Madras plague regulations in force outside the Presidency town - Volume 3
Disease focus: Plague
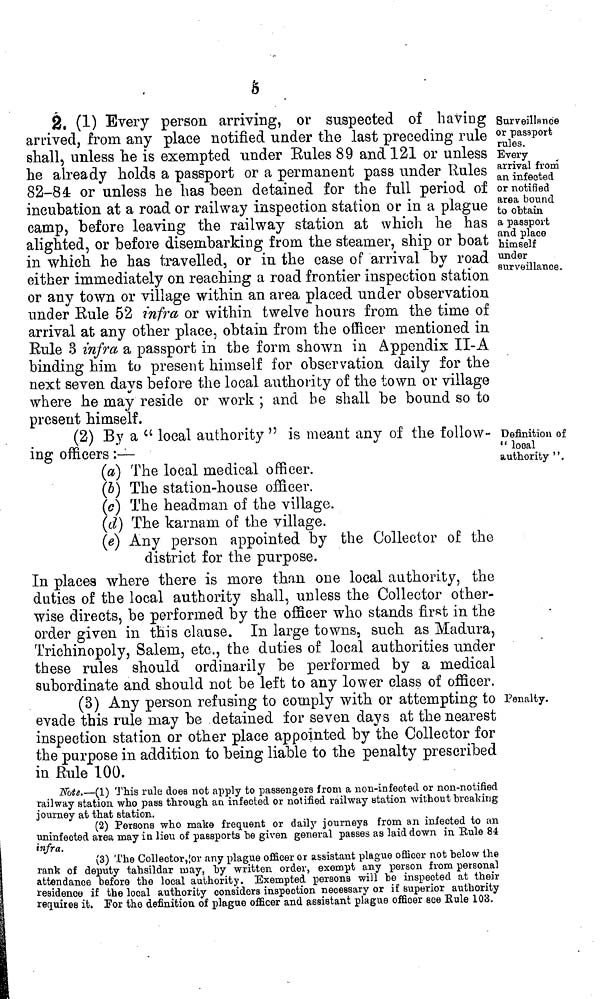
6
Surveillance
or passport
rules.
Every
arrival from
an infected
or notified
area bound
to obtain
a passport
and place
himself
under
surveillance.
2, (1) Every person arriving, or suspected of having
arrived, from any place notified under the last preceding rule
shall, unless he is exempted under Rules 89 and 121 or unless
he already holds a passport or a permanent pass under Rules
82-84 or unless he has been detained for the full period of
incubation at a road or railway inspection station or in a plague
camp, before leaving the railway station at which he has
alighted, or before disembarking from the steamer, ship or boat
in which he has travelled, or in the case of arrival by road
either immediately on reaching a road frontier inspection station
or any town or village within an area placed under observation
under Rule 52 infra or within twelve hours from the time of
arrival at any other place, obtain from the officer mentioned in
Rule 3 infra a passport in the form shown in Appendix II-A
binding him to present himself for observation daily for the
next seven days before the local authority of the town or village
where he may reside or work ; and be shall be bound so to
present himself.
Definition of
" local
authority ".
(2) By a "local authority " is meant any of the follow-
ing officers :—
(a) The local medical officer.
(5) The station-house officer.
(c) The headman of the village.
(d) The karnam of the village.
(e) Any person appointed by the Collector of the
district for the purpose.
In places where there is more than one local authority, the
duties of the local authority shall, unless the Collector other-
wise directs, be performed by the officer who stands first in the
order given in this clause. In large towns, such as Madura,
Trichinopoly, Salem, etc., the duties of local authorities under
these rules should ordinarily be performed by a medical
subordinate and should not be left to any lower class of officer.
(3) Any person refusing to comply with or attempting to
evade this rule may be detained for seven days at the nearest
inspection station or other place appointed by the Collector for
the purpose in addition to being liable to the penalty prescribed
in Rule 100.
Panalty.
Note.—(1) This rule does not apply to passengers from a non-infected or non-notified
railway station who pass through an infected or notified railway station without breaking
journey at that station.
(2) Persons who make frequent or daily journeys from an infected to an
uninfeeted area may in lieu of passports be given general passes as laid down in Eule 84
infra.
(3) The Collector,¡or any plague officer or assistant plague officer not below the
rank of deputy tahsildar may, by written order, exempt any person from personal
attendance before the local authority. Exempted persons will be inspected at their
residence if the local authority considers inspection necessary or if superior authority
requires it. For the definition of plague officer and assistant plague officer see Rule 103.